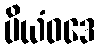
ပိယံဝဒေ